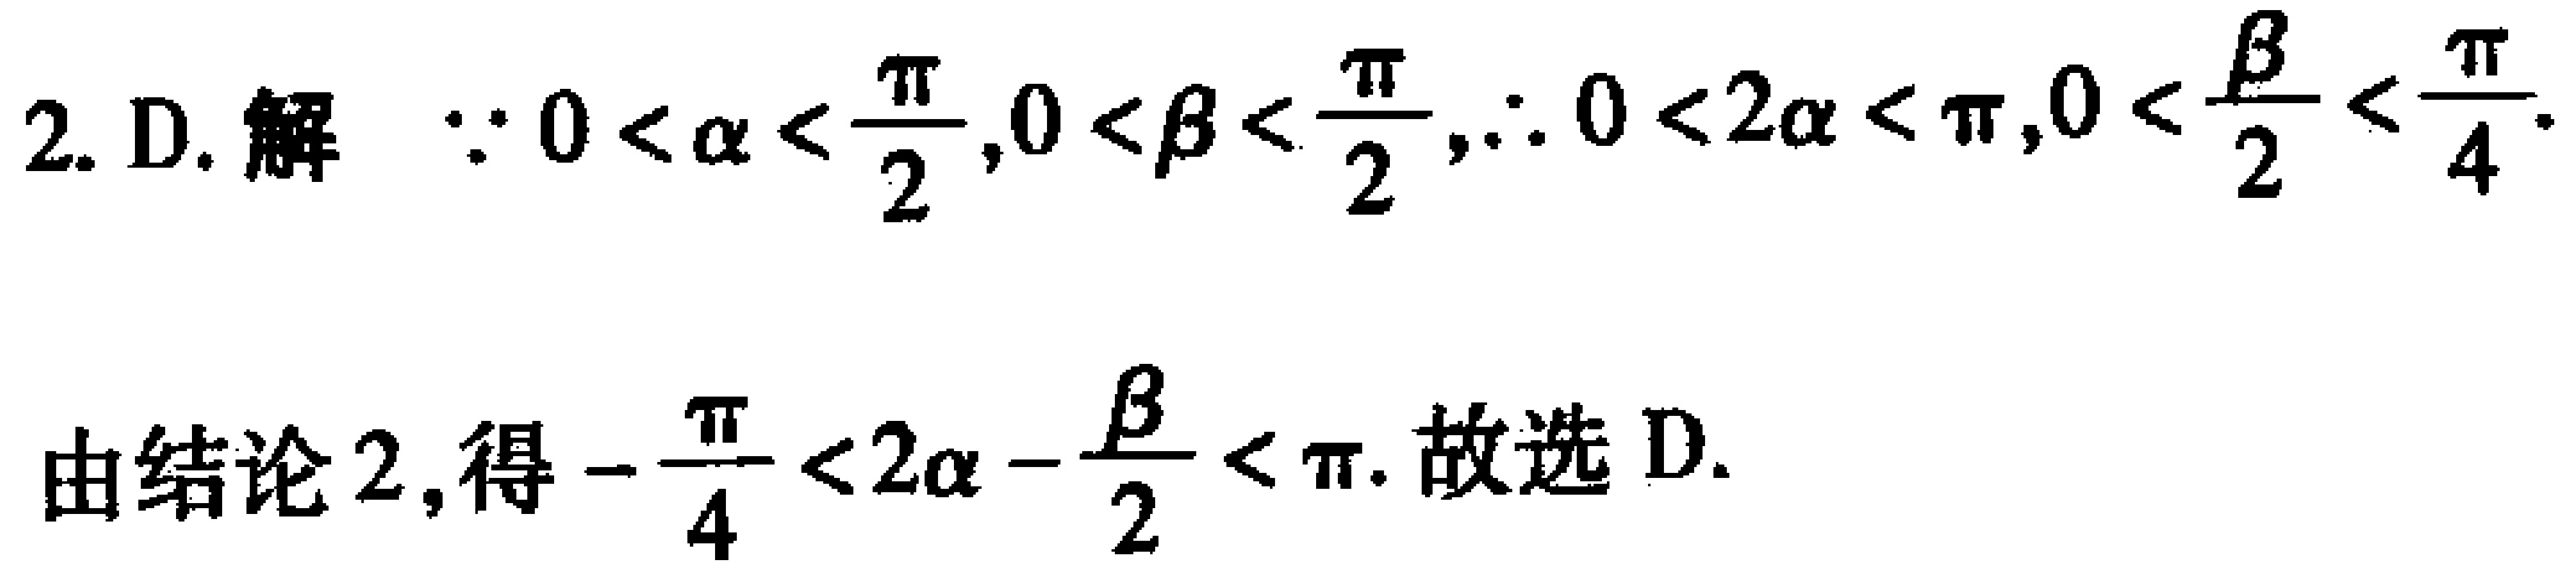
2. D. 解  $\because 0<\alpha<\frac{\pi}{2},0<\beta<\frac{\pi}{2},\therefore 0<2\alpha<\pi,0<\frac{\beta}{2}<\frac{\pi}{4}.$

由结论 2, 得 $-\frac{\pi}{4}<2\alpha - \frac{\beta}{2}<\pi.$ 故选 D.